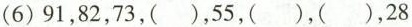
(6)91，82，73，()，55，()，()，28